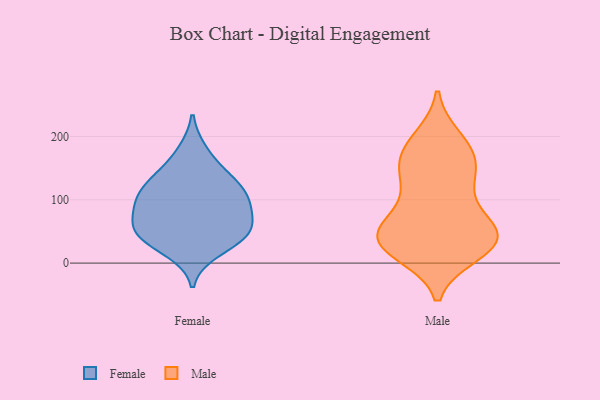
{"axis": {"x": "Satisfaction Score", "y": "Value"}, "legend": ["Female", "Male"], "data": [{"x": "", "y": 71, "type": "Female"}, {"x": "", "y": 116, "type": "Female"}, {"x": "", "y": 176, "type": "Female"}, {"x": "", "y": 91, "type": "Female"}, {"x": "", "y": 132, "type": "Female"}, {"x": "", "y": 137, "type": "Female"}, {"x": "", "y": 50, "type": "Female"}, {"x": "", "y": 48, "type": "Female"}, {"x": "", "y": 44, "type": "Female"}, {"x": "", "y": 99, "type": "Female"}, {"x": "", "y": 98, "type": "Female"}, {"x": "", "y": 20, "type": "Female"}, {"x": "", "y": 46, "type": "Female"}, {"x": "", "y": 15, "type": "Male"}, {"x": "", "y": 28, "type": "Male"}, {"x": "", "y": 43, "type": "Male"}, {"x": "", "y": 178, "type": "Male"}, {"x": "", "y": 46, "type": "Male"}, {"x": "", "y": 20, "type": "Male"}, {"x": "", "y": 197, "type": "Male"}, {"x": "", "y": 134, "type": "Male"}, {"x": "", "y": 21, "type": "Male"}, {"x": "", "y": 93, "type": "Male"}, {"x": "", "y": 149, "type": "Male"}, {"x": "", "y": 56, "type": "Male"}, {"x": "", "y": 192, "type": "Male"}, {"x": "", "y": 118, "type": "Male"}, {"x": "", "y": 37, "type": "Male"}, {"x": "", "y": 40, "type": "Male"}, {"x": "", "y": 152, "type": "Male"}, {"x": "", "y": 68, "type": "Male"}, {"x": "", "y": 163, "type": "Male"}, {"x": "", "y": 51, "type": "Male"}]}